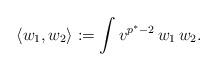
\begin{align*} \langle w_1, w_2 \rangle: = \int v^{p^*-2} \,w_1\,w_2 .\end{align*}